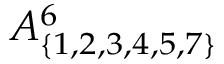
A _ { \{ 1 , 2 , 3 , 4 , 5 , 7 \} } ^ { 6 }